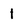
Character: 1